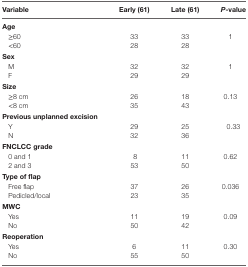
<table><thead><tr><td><b>Variable</b></td><td><b>Early (61)</b></td><td><b>Late (61)</b></td><td><b><i>P</i>-value</b></td></tr></thead><tbody><tr><td><b>Age</b></td><td></td><td></td><td></td></tr><tr><td> ≥60</td><td>33</td><td>33</td><td>1</td></tr><tr><td> &lt;60</td><td>28</td><td>28</td><td></td></tr><tr><td><b>Sex</b></td><td></td><td></td><td></td></tr><tr><td> M</td><td>32</td><td>32</td><td>1</td></tr><tr><td> F</td><td>29</td><td>29</td><td></td></tr><tr><td><b>Size</b></td><td></td><td></td><td></td></tr><tr><td> ≥8 cm</td><td>26</td><td>18</td><td>0.13</td></tr><tr><td> &lt;8 cm</td><td>35</td><td>43</td><td></td></tr><tr><td><b>Previous unplanned excision</b></td><td></td><td></td><td></td></tr><tr><td> Y</td><td>29</td><td>25</td><td>0.33</td></tr><tr><td> N</td><td>32</td><td>36</td><td></td></tr><tr><td><b>FNCLCC grade</b></td><td></td><td></td><td></td></tr><tr><td> 0 and 1</td><td>8</td><td>11</td><td>0.62</td></tr><tr><td> 2 and 3</td><td>53</td><td>50</td><td></td></tr><tr><td><b>Type of flap</b></td><td></td><td></td><td></td></tr><tr><td> Free flap</td><td>37</td><td>26</td><td>0.036</td></tr><tr><td> Pedicled/local</td><td>23</td><td>35</td><td></td></tr><tr><td><b>MWC</b></td><td></td><td></td><td></td></tr><tr><td> Yes</td><td>11</td><td>19</td><td>0.09</td></tr><tr><td> No</td><td>50</td><td>42</td><td></td></tr><tr><td><b>Reoperation</b></td><td></td><td></td><td></td></tr><tr><td> Yes</td><td>6</td><td>11</td><td>0.30</td></tr><tr><td> No</td><td>55</td><td>50</td><td></td></tr></tbody></table>